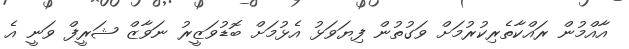
އާއްމުން ރައްކާތެރިކުރުމަށް ވަގުތުން ފިޔަވަޅު އެޅުމަށް ބޮޑުވަޒީރު ނަވާޒް ޝަރީފް ވަނީ އެ